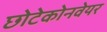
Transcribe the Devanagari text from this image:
छोटेकोनवेयर